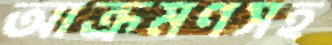
আক্রমণসহ